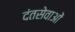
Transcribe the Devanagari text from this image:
दंतसेवाओं